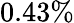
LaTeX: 0.43\%